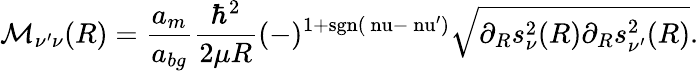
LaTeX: \mathcal{M}_{\nu^{\prime}\nu}(R)=\frac{a_{m}}{a_{bg}}\frac{\hbar^{2}}{2\mu R}(-)^{1+\mathrm{{sgn}(\ nu-\ nu^{\prime})}}\sqrt{\partial_{R}s_{\nu}^{2}(R)\partial_{R}s_{\nu^{\prime}}^{2}(R)}.